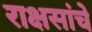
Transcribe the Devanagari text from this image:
राक्षसांचे